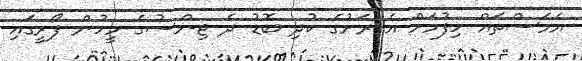
އެމަސްތައް ހިފުމަށް އެ ރަށުގެ ކުދި ބޮޑު ދެ ޖިންސުގެ މީހުން ފޯރީގައި